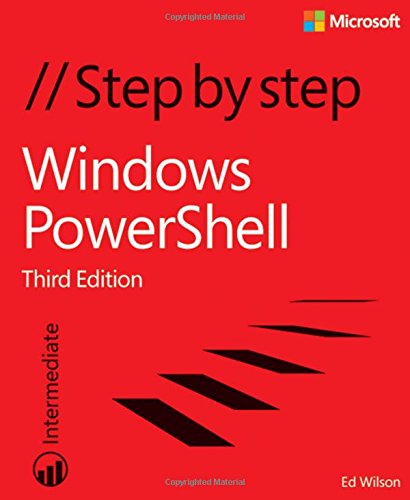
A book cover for Windows PowerShell Step by Step (3rd Edition); Ed Wilson; Computers & Technology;